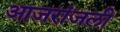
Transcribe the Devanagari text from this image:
आजरांजली